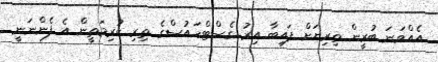
އެއްވަނަ ބުރީން ތިިރިޔަށް ފައިބާ އިރު ގެސްޓްހައުސްގެ ތިރި ކުރިމަތީން އެ ފެންނަނީ